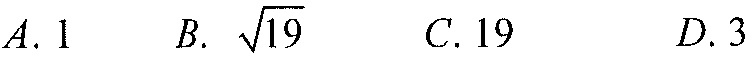
\(A. \ 1\)  \(\ B.\ \sqrt{19}\)  \(\ C.\ 19\)  \(\ D.\ 3\)